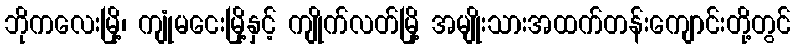
ဘိုကလေးမြို့၊ ကျုံမငေးမြို့နှင့် ကျိုက်လတ်မြို့ အမျိုးသားအထက်တန်းကျောင်းတို့တွင်